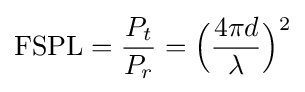
{\text{FSPL}}={P_{t} \over P_{r}}={\Big (}{4\pi d \over \lambda }{\Big )}^{2}